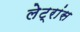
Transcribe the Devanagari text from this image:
लेट्रांस